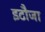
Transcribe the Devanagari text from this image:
इटौजा